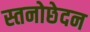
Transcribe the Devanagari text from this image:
स्तनोछेदन